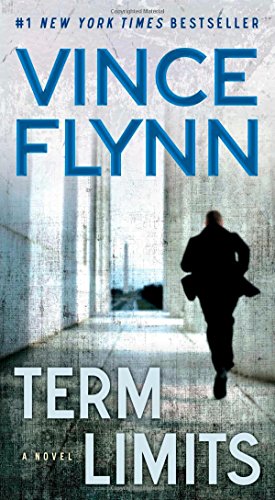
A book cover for Term Limits; Vince Flynn; Mystery, Thriller & Suspense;